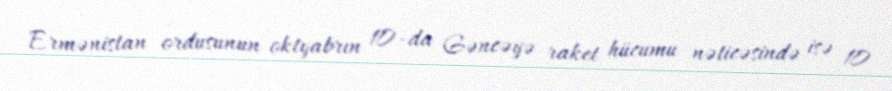
Ermənistan ordusunun oktyabrın 10-da Gəncəyə raket hücumu nəticəsində isə 10